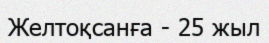
Желтоқсанға - 25 жыл